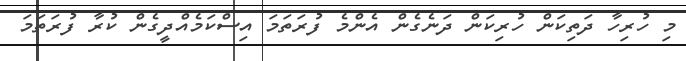
މި ހުރިހާ ދަތިކަން ހުރިކަން ދަނެގެން އެންމެ ފުރަތަމަ އިސްކަމެއްދީގެން ކުރާ ފުރަތަމަ